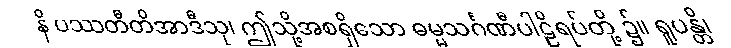
နိ ပဿတီတိအာဒီသု၊ ဤသို့အစရှိသော ဓမ္မသင်္ဂဏီပါဠိရပ်တို့ ၌။ ရူပန္တိ၊